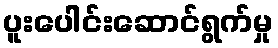
ပူးပေါင်းဆောင်ရွက်မှု